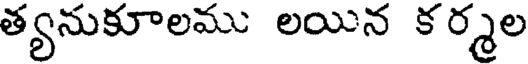
త్యనుకూలము లయిన క ర్మల